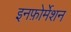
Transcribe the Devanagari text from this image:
इनफ़ोर्मेशन